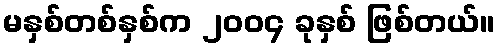
မနှစ်တစ်နှစ်က ၂၀၀၄ ခုနှစ် ဖြစ်တယ်။